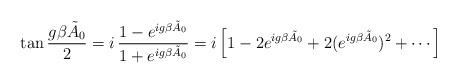
LaTeX: \begin{align*}\tan {g\beta \tilde{A}_{0}\over 2} = i\,{1-e^{ig\beta \tilde{A}_{0}}\over 1+ e^{ig\beta \tilde{A}_{0}}} = i\left[1 - 2 e^{ig\beta\tilde{A}_{0}} + 2 (e^{ig\beta \tilde{A}_{0}})^{2} + \cdots \right]\end{align*}